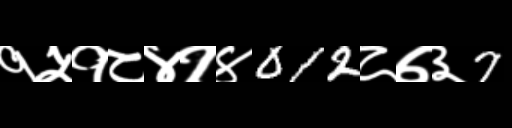
Text: १५१८४१४012८७३7